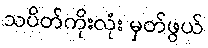
သပိတ်ကိုးလုံး မှတ်ဖွယ်